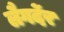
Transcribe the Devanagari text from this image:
लैगर्देर